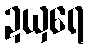
ဍယှရေ